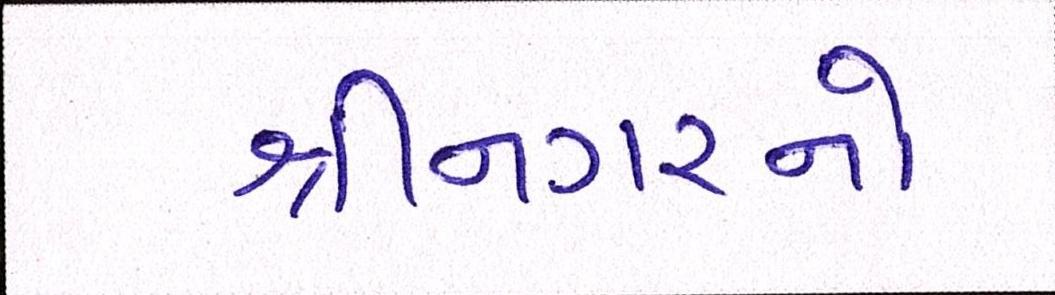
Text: શ્રીનગરનો